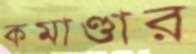
কমাণ্ডার